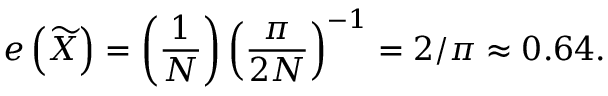
e \left( { \widetilde { X } } \right) = \left( { \frac { 1 } { N } } \right) \left( { \frac { \pi } { 2 N } } \right) ^ { - 1 } = 2 / \pi \approx 0 . 6 4 .